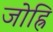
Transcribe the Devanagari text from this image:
जोह्रि